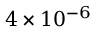
4 \times 1 0 ^ { - 6 }